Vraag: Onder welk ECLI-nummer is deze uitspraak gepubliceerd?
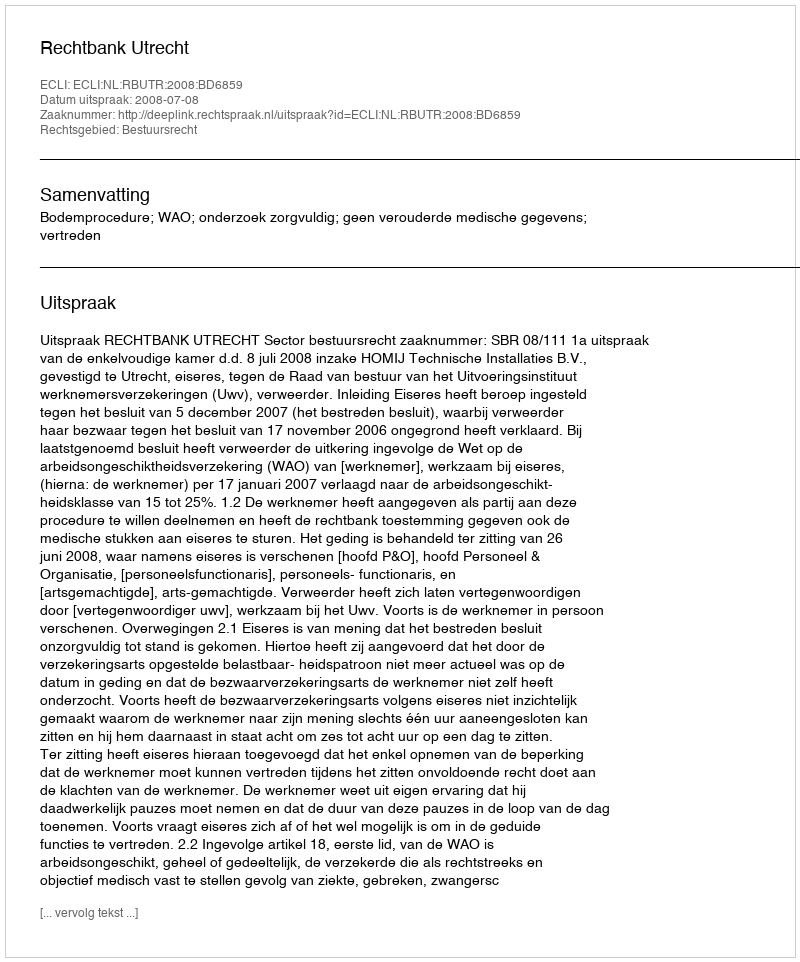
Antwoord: ECLI:NL:RBUTR:2008:BD6859